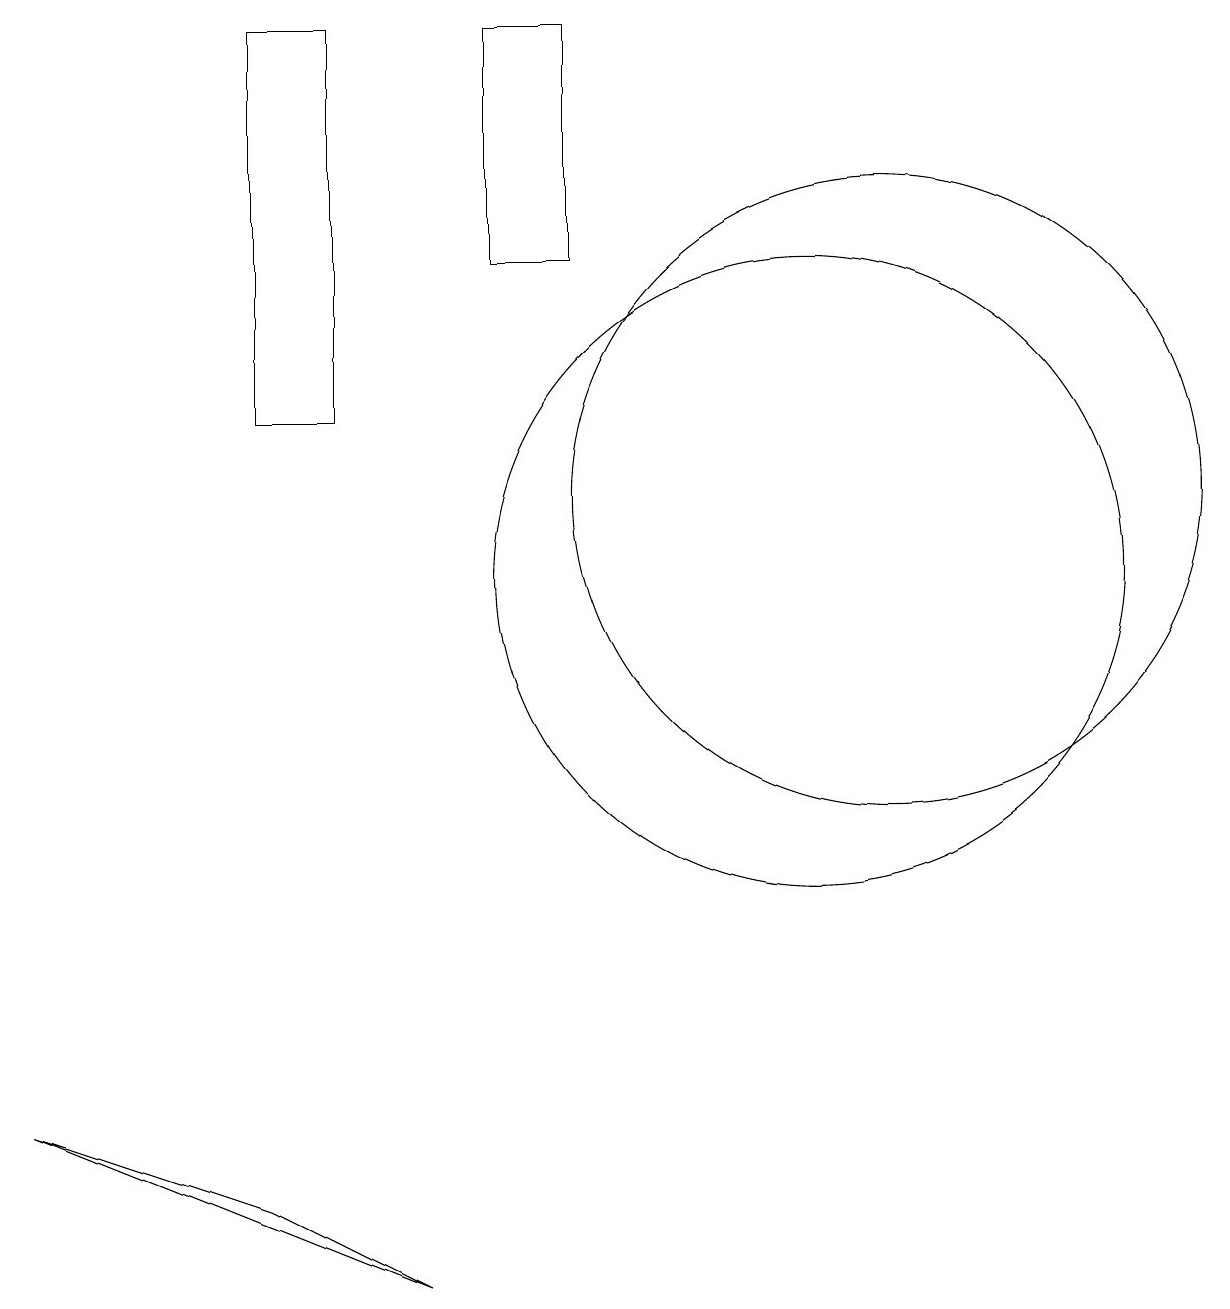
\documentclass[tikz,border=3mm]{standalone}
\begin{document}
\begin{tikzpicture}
\draw (4,18) rectangle (5,13);
\draw (1,4) -- (4,3) -- (6,2) -- cycle;
\draw (8,15) rectangle (7,18);
\draw (12,12) circle (4);
\draw (11,11) circle (4);
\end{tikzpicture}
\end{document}